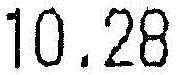
10.28